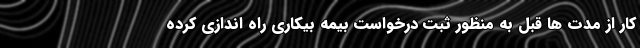
کار از مدت ها قبل به منظور ثبت درخواست بیمه بیکاری راه اندازی کرده